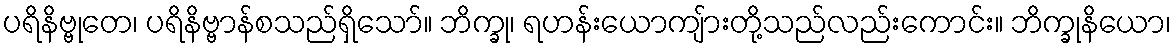
ပရိနိဗ္ဗုတေ၊ ပရိနိဗ္ဗာန်စသည်ရှိသော်။ ဘိက္ခု၊ ရဟန်းယောကျ်ားတို့သည်လည်းကောင်း။ ဘိက္ခုနိယော၊